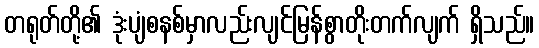
တရုတ်တို့၏ ဒုံးပျံစနစ်မှာလည်းလျင်မြန်စွာတိုးတက်လျက် ရှိသည်။